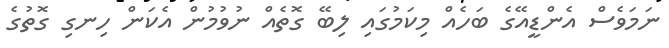
ނަމަވެސް އެންޑީއޭގެ ބަހެއް މިކަމުގައި ލިބޭ ގޮތެއް ނުވުމުން އެކަން ހިނގި ގޮތުގެ